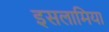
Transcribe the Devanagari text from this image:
इसलामिया